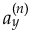
a _ { y } ^ { ( n ) }